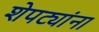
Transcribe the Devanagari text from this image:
शेपट्यांना